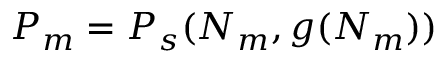
P _ { m } = P _ { s } ( N _ { m } , g ( N _ { m } ) )